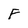
Character: F